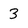
Character: 3